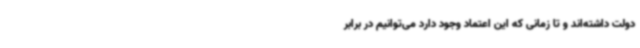
دولت داشته‌اند و تا زمانی که این اعتماد وجود دارد می‌توانیم در برابر